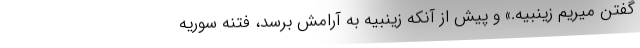
گفتن میریم زینبیه.» و پیش از آنکه زینبیه به آرامش برسد، فتنه سوریه